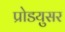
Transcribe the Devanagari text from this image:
प्रोडयुसर